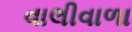
વાલીવાળા